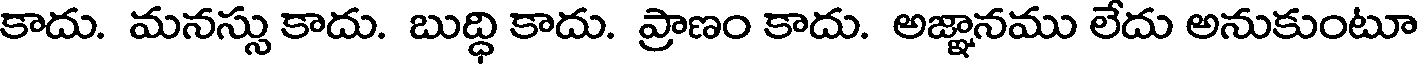
కాదు. మనస్సు కాదు. బుద్ధి కాదు. ప్రాణం కాదు. అజ్ఞానము లేదు అనుకుంటూ